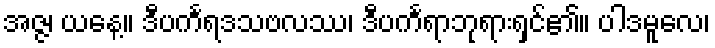
အဇ္ဇ၊ ယနေ့။ ဒီပင်္ကရဒသဗလဿ၊ ဒီပင်္ကရာဘုရားရှင်၏။ ပါဒမူလေ၊